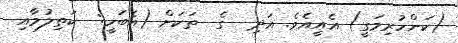
(ކަންހުރިމަގީ) އެއީއެވެ. އަދި  ގެ  ތަކަށް (އެބަހީ:  ކަތިލުމާއި